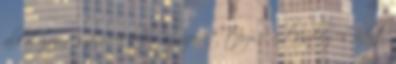
alkalmazás számára body: az üzenet törzse, a tényleges adat